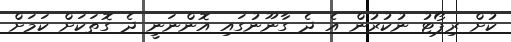
ކުށް ރިޕޯޓު ނުކުރުން އެ ދެ ގާނޫނުގައި އޮންނަނީ ދެ ގޮތަކަށް ކަމަށް